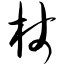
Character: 杖